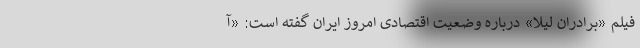
فیلم «برادران لیلا» درباره وضعیت اقتصادی امروز ایران گفته است: «آ